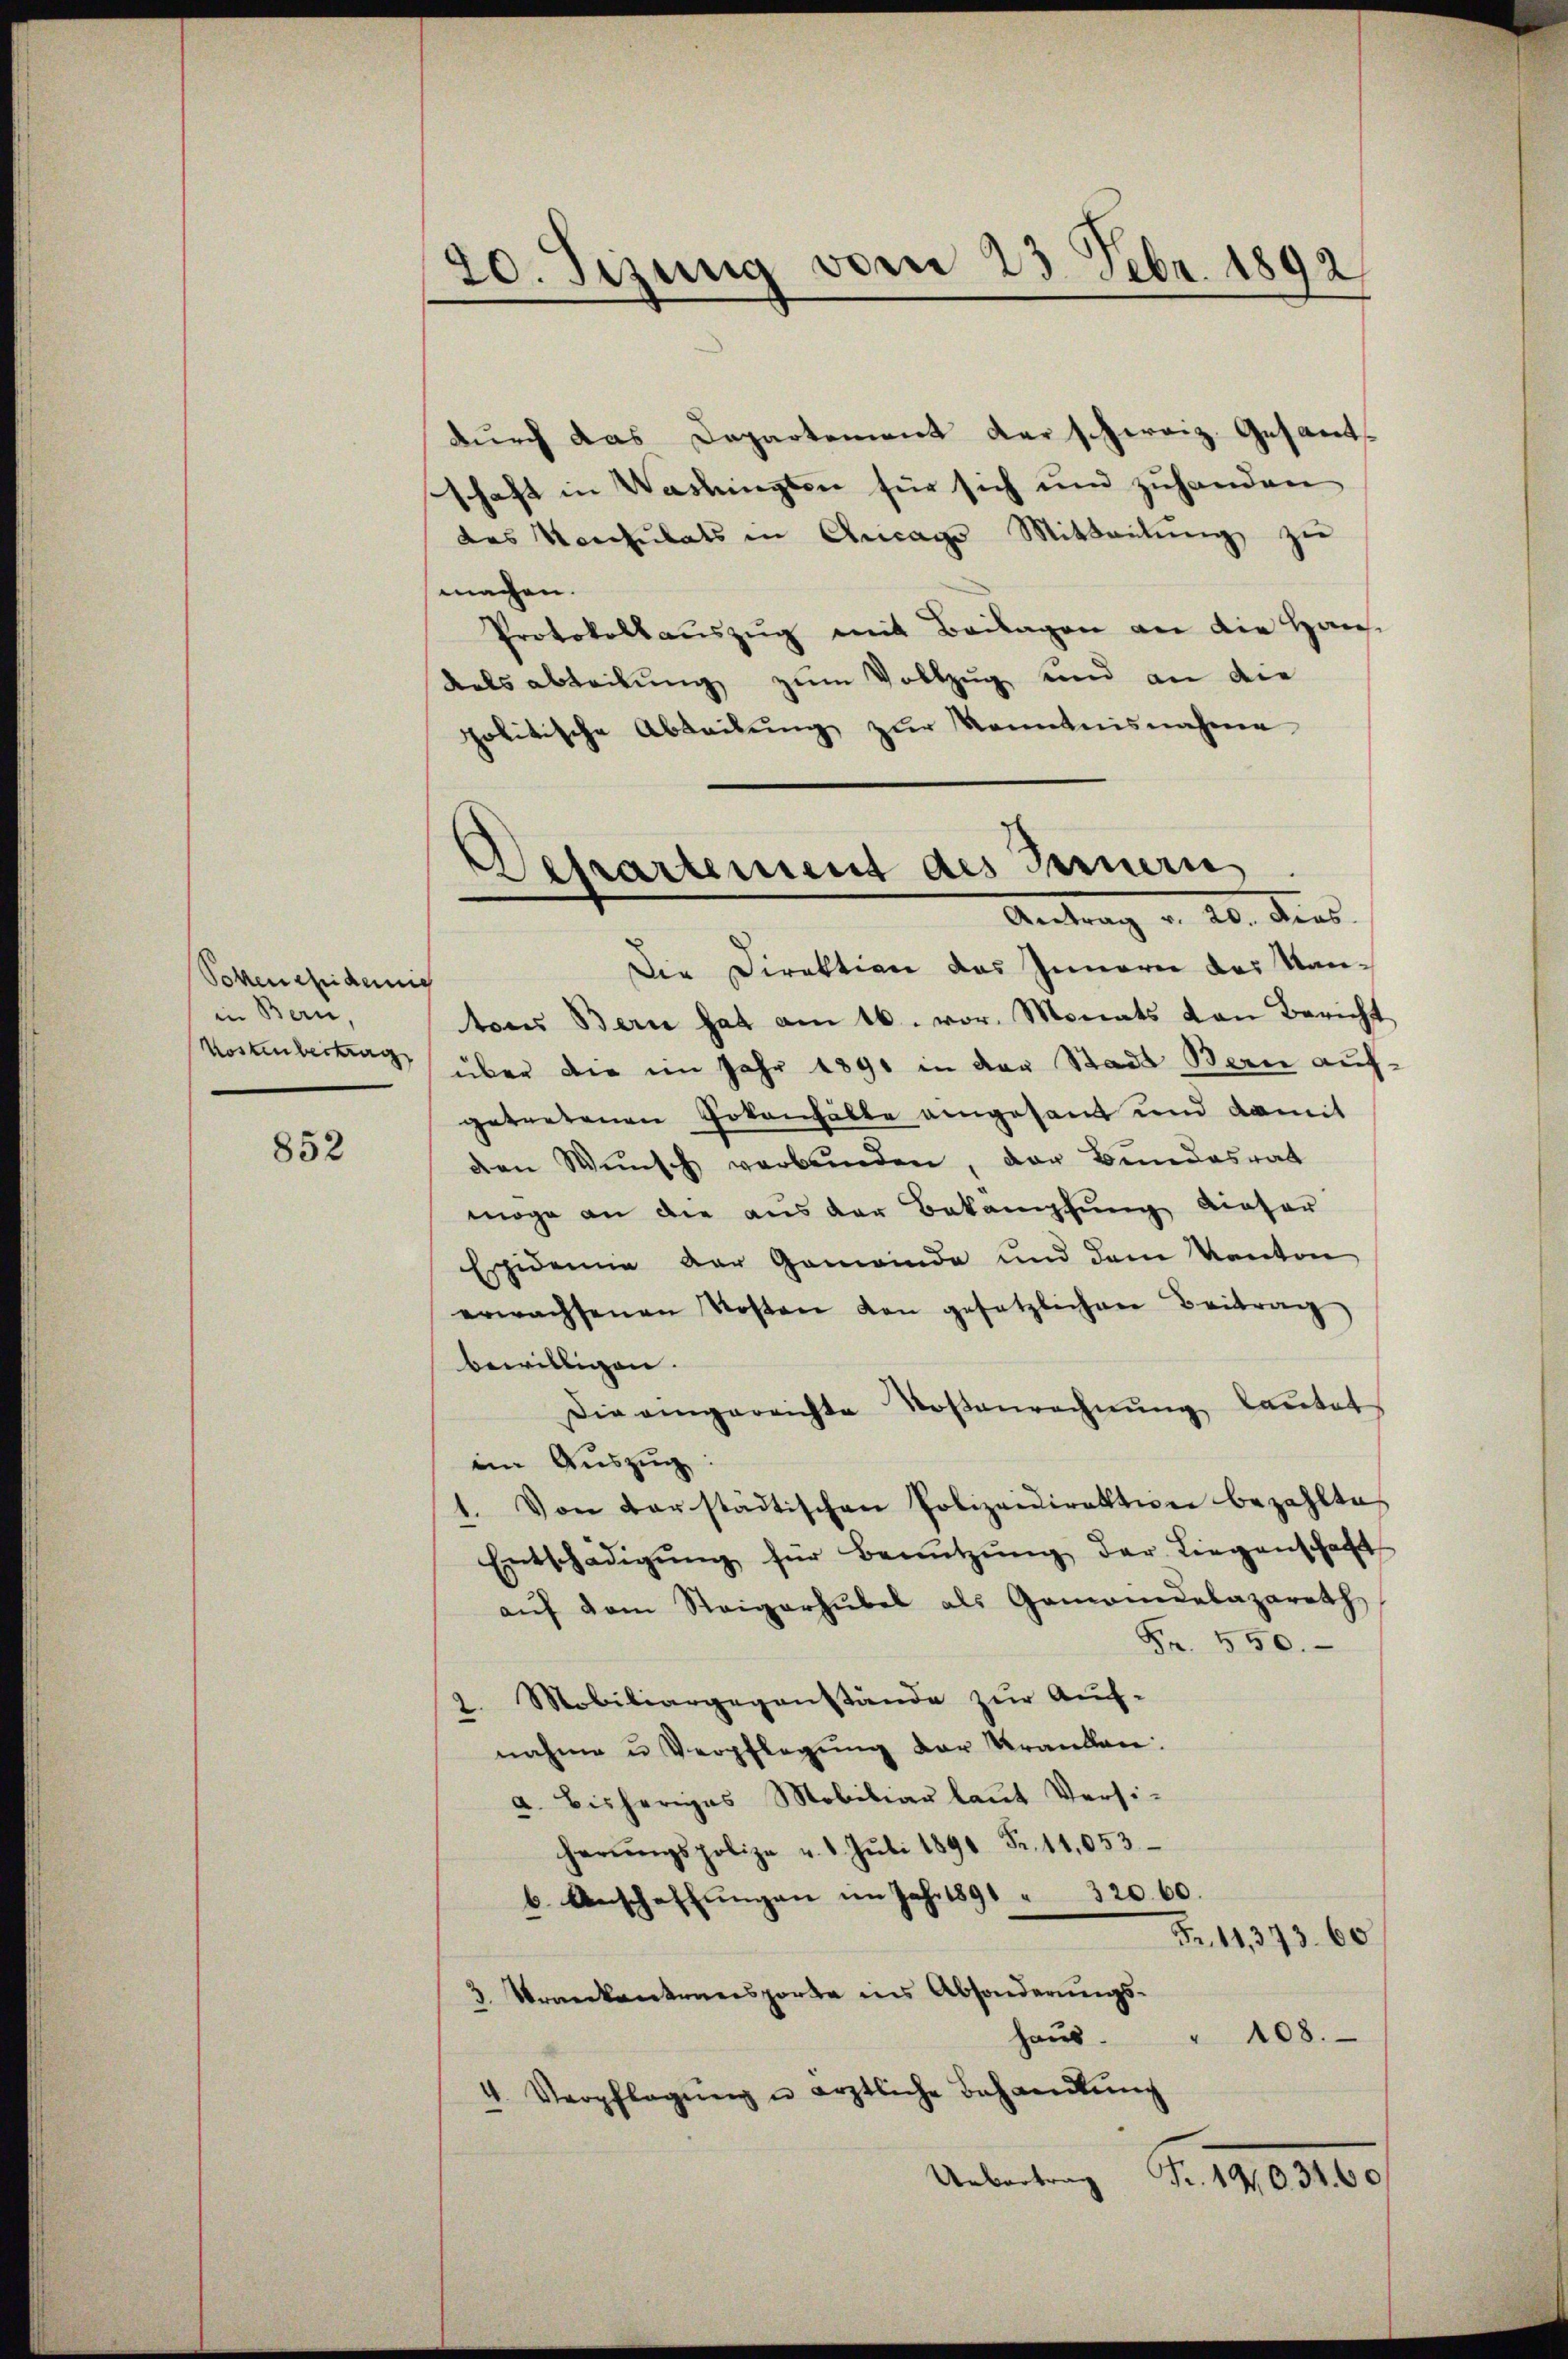
Poten fidemis
in Bern,
Kostenbertrag

852

20. Sizung vom 23. Febr. 1892

Departement des Fernern
Antrag a. 20. dies

durch das Departement der schweiz. Gesandschaft in Washingten für sich und zuhanden
des Konsulats in Ancago Mitteilŭng zu
machen.
Protokollaŭszŭg mit Beilagen an die Haus-
kalsabteilung zum Vollzug und an die
politische Abteilung zur Kenntnisnahme
Die Direktion des Innern das Kantons Bern hat am 16. vor. Monats von Bericht
über die im Jahr 1890 in der Stadt Bern auf
getretenen Gokanhälte angesandt und damit
den Wŭnsch verbunden, der Bundesrat
möge an die aus der Bekämpfung dieser
Essidene der Gemeinde und dem Kanton
erwachsenen Kosten von gesetzlichen Beitrag
bewilligen.
Die eingereichte Kostenrechnŭng lautet
iin Auszug:
1. Von darstädtischen Polizeidirektion bezahlte,
Entschädigŭng für Benŭtzŭng der Liegenschaft
aŭf dem Steigerhübel als Gemeindelazareth,
Fr. 550.
2. Mobiliargegenstände zur Auf-
nahme u. Verpflegung der Kranken:
a. Bisheriges Mobiliar laŭt Versi-
herŭngspolize v. 1. Jŭli 1891 Fr. 11,053
b. Anschaffŭngen im Jahr 1891 " 320. 60.
Fr. 11,373. 60
3. Trankantonensporte ins Absonderungs¬
108.
Haus.
4. Verpflegŭng u ärztliche Behandlŭng
Uebertrag Fr. 140. 34. 60